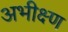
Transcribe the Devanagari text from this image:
अभीक्ष्ण